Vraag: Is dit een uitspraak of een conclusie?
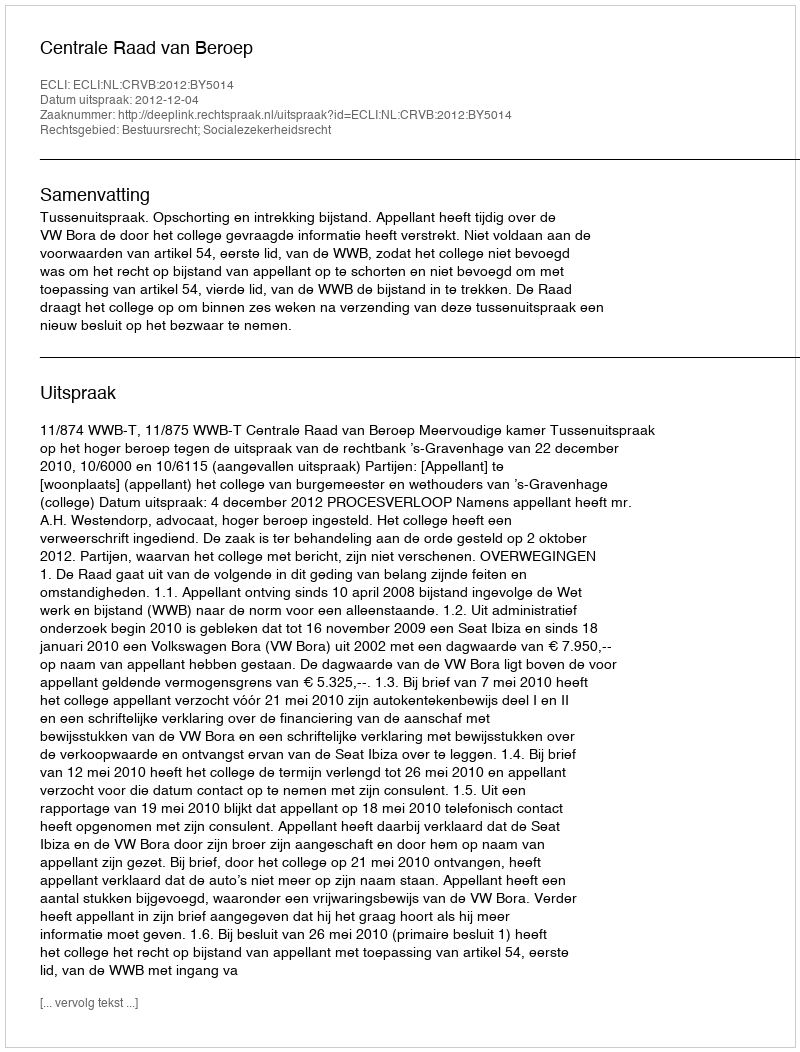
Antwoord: Uitspraak